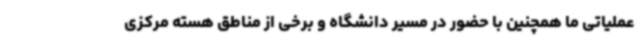
عملیاتی ما همچنین با حضور در مسیر دانشگاه و برخی از مناطق هسته مرکزی